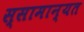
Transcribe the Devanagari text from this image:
स्सामान्यत